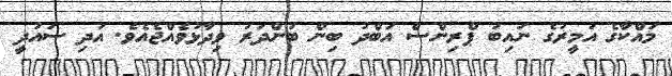
މައްކާގެ އަމީރުގެ ނައިބު ޕްރިންސް އަބްދު ބިން ބަންދަރު ވިދާޅުވެއްޖެއެވެ. އަދި ސައުދީ